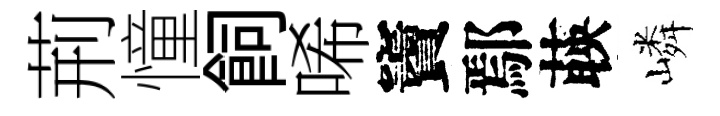
荊憧飼唏竇鄢𦴤嶙